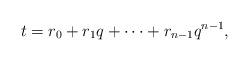
LaTeX: \begin{align*}t=r_0+r_1q+\cdots +r_{n-1}q^{n-1},\end{align*}